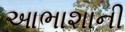
આભાશાની